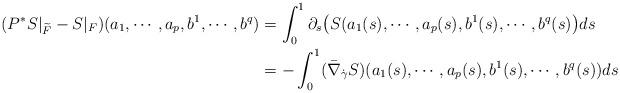
LaTeX: \begin{align*}(P^*S|_{\widetilde F} - S|_{F}) (a_1, \cdots, a_p, b^1 , \cdots, b^q) &= \int_0^1 \partial_s \big( S(a_1(s), \cdots, a_p(s), b^1(s), \cdots, b^q(s)\big) ds \\&=-\int_0^1 (\bar\nabla _{\dot\gamma} S)( a_1(s), \cdots, a_p(s), b^1(s), \cdots, b^q(s)) ds\end{align*}